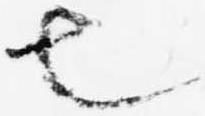
也